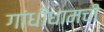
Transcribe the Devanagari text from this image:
गांधीधामची